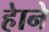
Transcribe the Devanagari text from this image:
हेाने